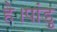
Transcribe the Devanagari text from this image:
है।पांडु